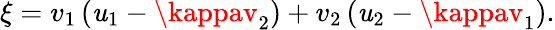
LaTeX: \xi=v_{1}\left(\mathit{u}_{1}-\kappav_{2}\right)+v_{2}\left(\mathit{u}_{2}-\kappav_{1}\right).